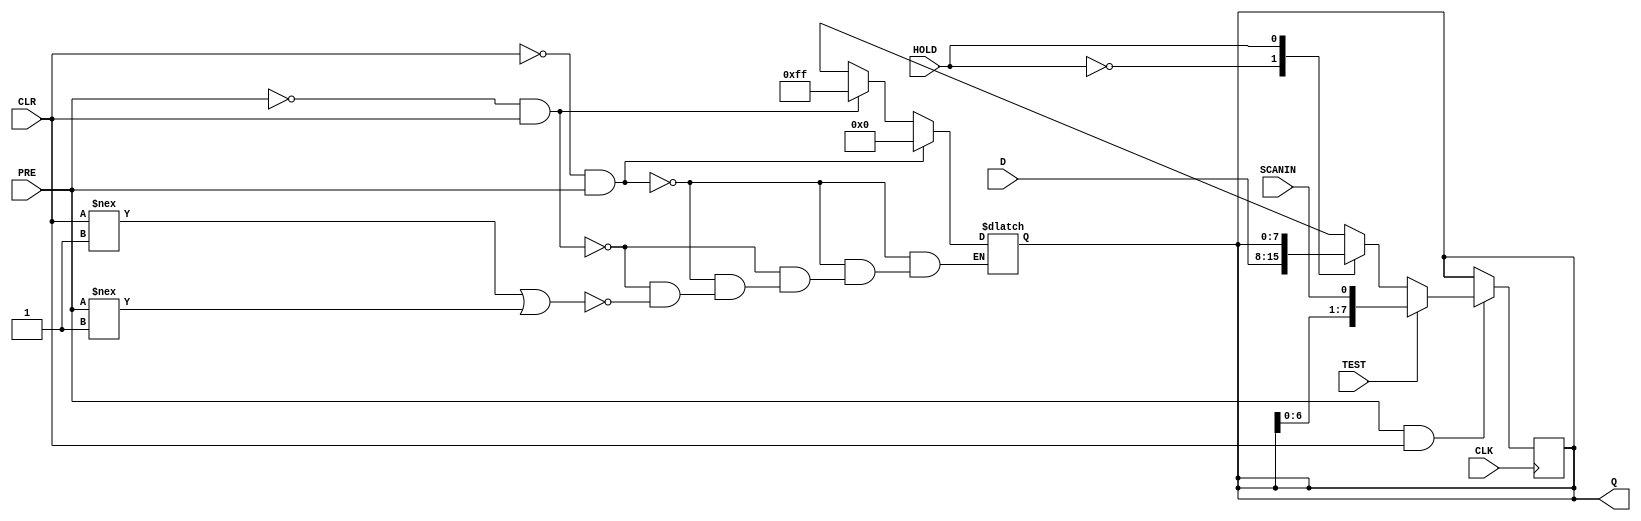
//------------------------------------------------------------
// Copyright 1992, 1993 Cascade Design Automation Corporation.
//------------------------------------------------------------
module dff_generic(CLK,CLR,D,HOLD,PRE,SCANIN,TEST,Q);
  parameter N = 8;
  input  CLK;
  input  CLR;
  input [(N - 1):0] D;
  input  HOLD;
  input  PRE;
  input  SCANIN;
  input  TEST;
  output [(N - 1):0] Q;
  reg [(N - 1):0] Q;
  reg [(N - 1):0] temp;
  always
    @(PRE or CLR)
      begin
      if(((CLR == 1'b0) && (PRE == 1'b1)))
        begin
        Q = 128'b0;
        end
      else      if(((PRE == 1'b0) && (CLR == 1'b1)))
        begin
        Q = ( ~ 128'b0);
        end
      else      if(((CLR !== 1'b1) || (PRE !== 1'b1)))
        begin
        Q = 128'bx;
        end
      end
  always
    @(posedge CLK)
      begin
      if(((PRE == 1'b1) && (CLR == 1'b1)))
        begin
        if((TEST == 1'b0))
          begin
          case(HOLD)
          1'b0 :             begin
            Q = D;
            end
          1'b1 :             begin
            end
          default:
            Q = 128'bx;
          endcase
          end
        else        if((TEST == 1'b1))
          begin
          Q = (Q << 1);
          Q[0] = SCANIN;
          end
        else
          Q = 128'bx;
        end
      end
endmodule